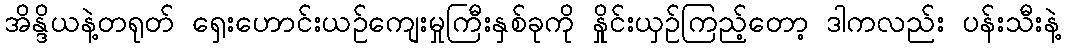
အိန္ဒိယနဲ့တရုတ် ရှေးဟောင်းယဉ်ကျေးမှုကြီးနှစ်ခုကို နှိုင်းယှဉ်ကြည့်တော့ ဒါကလည်း ပန်းသီးနဲ့